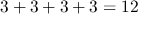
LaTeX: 3 + 3 + 3 + 3 = 1 2